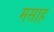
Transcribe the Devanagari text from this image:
मसाह